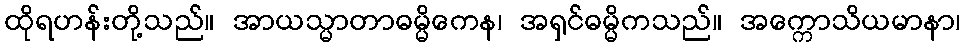
ထိုရဟန်းတို့သည်။ အာယသ္မာတာဓမ္မိကေန၊ အရှင်ဓမ္မိကသည်။ အက္ကောသိယမာနာ၊